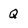
Character: Q